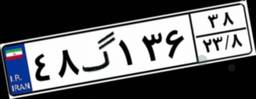
۶۸گ۷۱۵۴۷